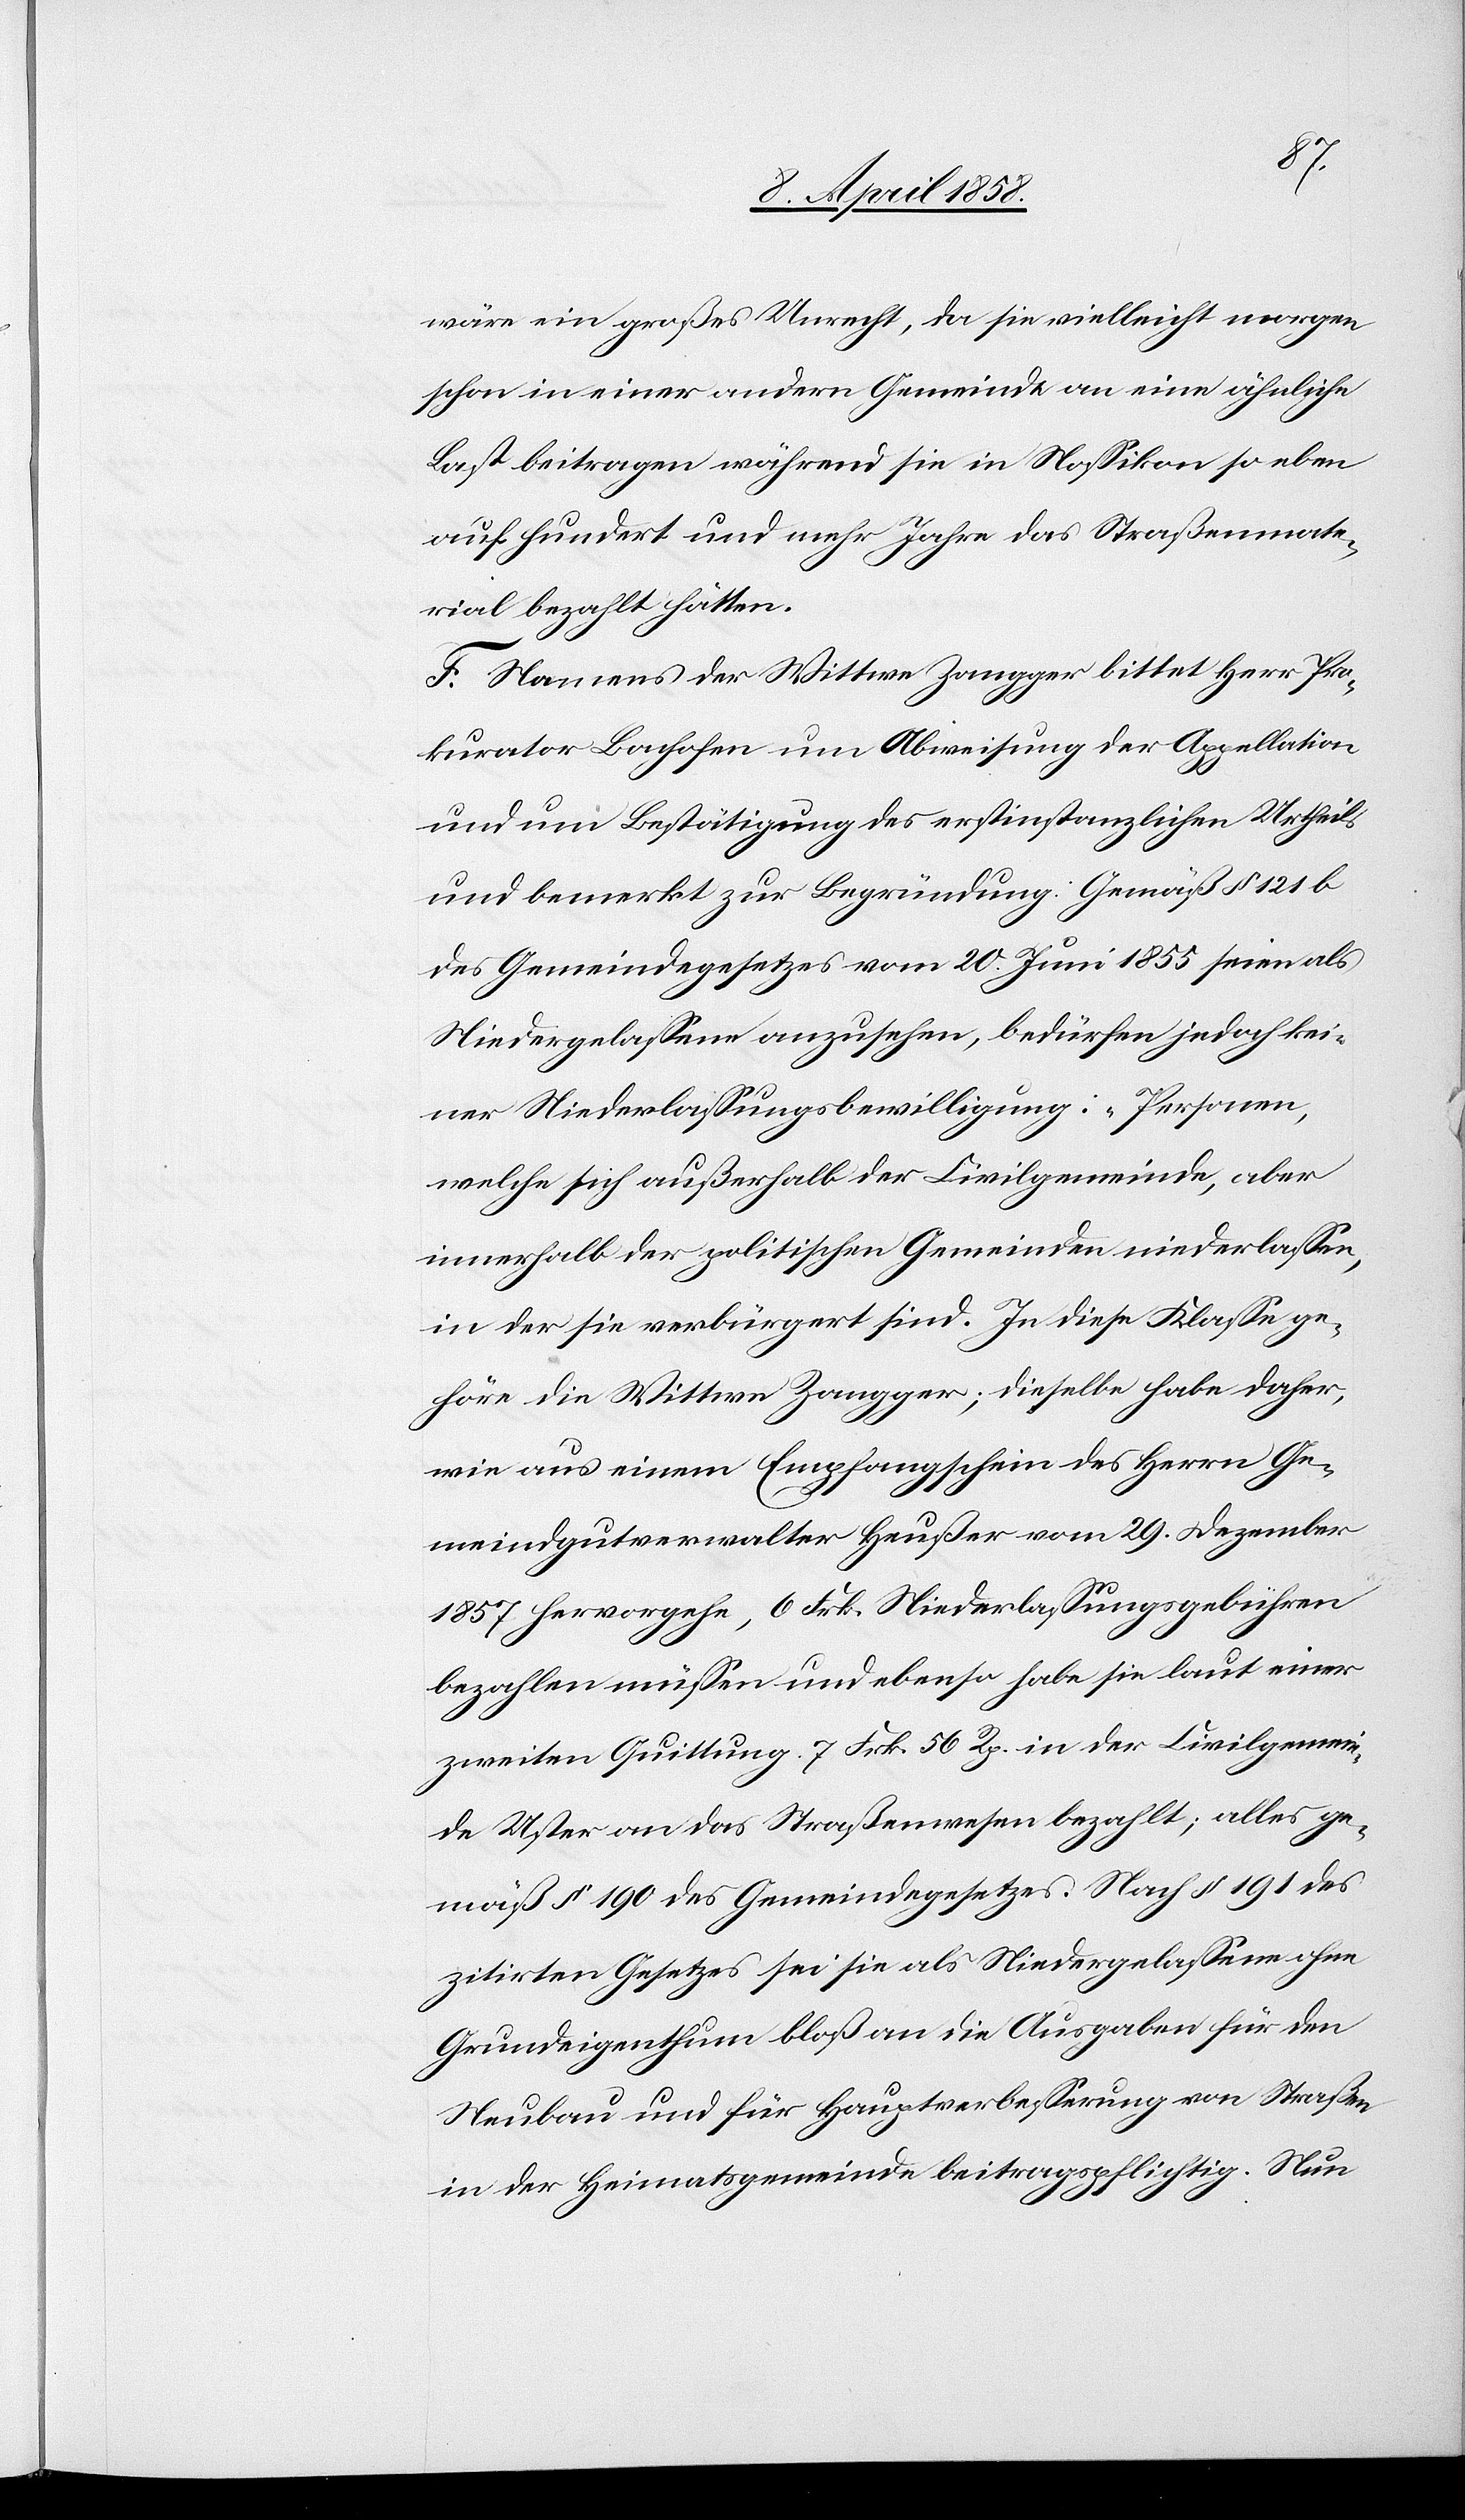
wäre ein großes Unrecht, da sie vielleicht morgen
schon in einer andern Gemeinde an eine ähnliche
Last beitragen während sie in Nossikon so eben
auf hundert und mehr Jahre das Straßenmate¬
rial bezahlt hätten.
F. Namens der Wittwe Zangger bittet Herr Pro¬
kurator Bachofen um Abweisung der Appellation
und um Bestätigung des erstinstanzlichen Urtheils
und bemerkt zur Begründung: Gemäß § 121 b
des Gemeindegesetzes vom 20. Juni 1855 seien als
Niedergelassene anzusehen, bedürfen jedoch kei¬
ner Niederlassungsbewilligung: „Personen,
welche sich außerhalb der Civilgemeinde, aber
innerhalb der politischen Gemeinden niederlassen,
in der sie verbürgert sind.[“] In diese Klasse ge¬
höre die Wittwe Zangger; dieselbe habe daher,
wie aus einem Empfangschein des Herrn Ge¬
meindgutverwalter Heußer vom 29. Dezember
1857 hervorgehe, 6 Frk. Niederlassungsgebühren
bezahlen müssen und ebenso habe sie laut einer
zweiten Quittung 7 Frk. 56 Rp. in der Civilgemein¬
de Uster an das Straßenwesen bezahlt; alles ge¬
mäß § 190 des Gemeindegesetzes. Nach § 191 des
zitirten Gesetzes sei sie als Niedergelassene ohne
Grundeigenthum bloß an die Ausgaben für den
Neubau und für Hauptverbesserung von Straßen
in der Heimatsgemeinde beitragspflichtig. Nun